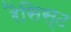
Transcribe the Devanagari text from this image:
रैसिस्ट